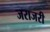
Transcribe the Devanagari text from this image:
जराजरी